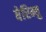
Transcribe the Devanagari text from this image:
बेरिम्बु